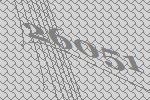
26051